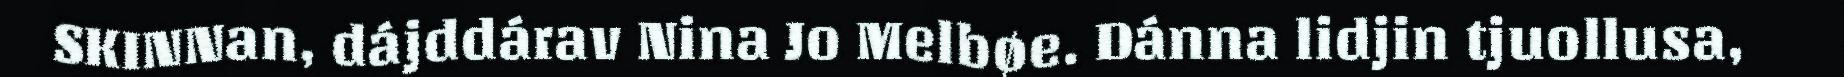
SKINNan, dájddárav Nina Jo Melbøe. Dánna lidjin tjuollusa,